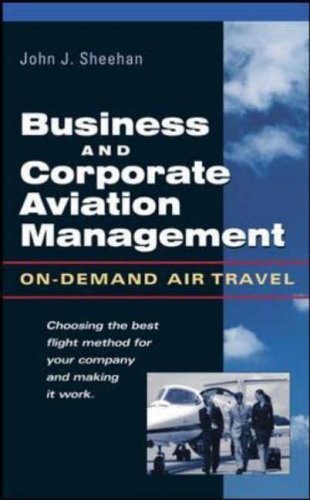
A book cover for Business and Corporate Aviation Management: On Demand Air Travel by Sheehan, John J (2003) Hardcover; Travel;